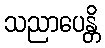
သညာပေန္တိ